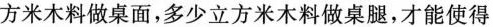
方米木料做桌面，多少立方米木料做桌腿，才能使得